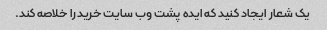
یک شعار ایجاد کنید که ایده پشت وب سایت خرید را خلاصه کند.